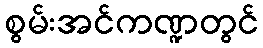
စွမ်းအင်ကဏ္ဍတွင်